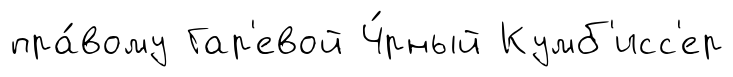
пра́вому Гар'евой Ч́рный Кумб'исс'ер